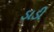
ડાડી